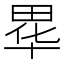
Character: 𮵁